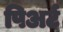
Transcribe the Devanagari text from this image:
पिअर्ट